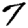
Digit: 7